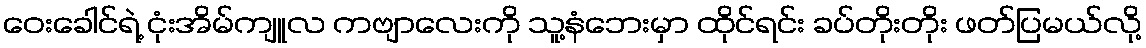
ဝေးခေါင်ရဲ့ ငုံးအိမ်ကျူလ ကဗျာလေးကို သူ့နံဘေးမှာ ထိုင်ရင်း ခပ်တိုးတိုး ဖတ်ပြမယ်လို့